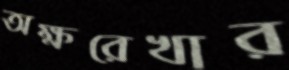
অক্ষরেখার